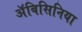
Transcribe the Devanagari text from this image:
अॅबिसिनिया